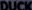
DUCK